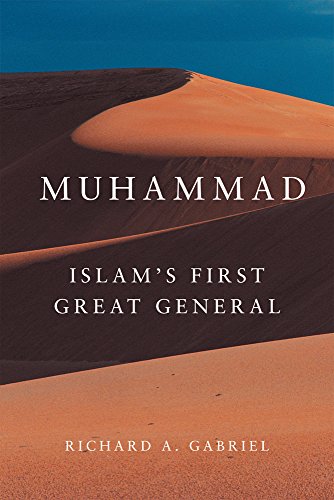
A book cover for Muhammad: IslamEEs First Great General (Campaigns and Commanders Series); Richard A. Gabriel; Religion & Spirituality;